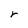
Character: r